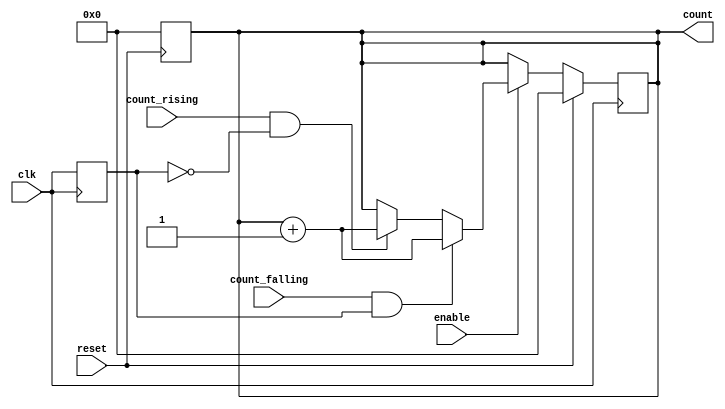
module edge_counter #(
    parameter COUNT_WIDTH = 8 // Specify the width of the count output
)(
    input wire clk,          // Clock input
    input wire enable,       // Enable input
    input wire reset,        // Asynchronous reset input
    input wire count_rising, // Select rising edge counting
    input wire count_falling, // Select falling edge counting
    output reg [COUNT_WIDTH-1:0] count // Count output
);

    reg clk_prev; // Register to hold previous clock state

    // Asynchronous reset
    always @(posedge reset) begin
        count <= 0; // Reset count to zero
    end

    // Edge detection and counting logic
    always @(posedge clk) begin
        if (reset) begin
            count <= 0; // Reset the count if reset is asserted
        end else if (enable) begin
            // Detect rising edge
            if (count_rising && !clk_prev) begin
                count <= count + 1; // Increment count on rising edge
            end
            // Detect falling edge
            if (count_falling && clk_prev) begin
                count <= count + 1; // Increment count on falling edge
            end
        end
        // Store current clock state for the next edge detection
        clk_prev <= clk;
    end
endmodule